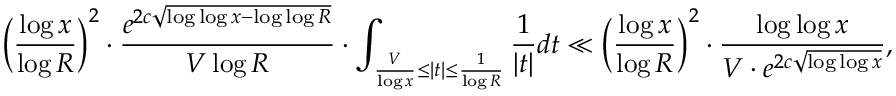
\Big ( \frac { \log x } { \log R } \Big ) ^ { 2 } \cdot \frac { e ^ { 2 c \sqrt { \log \log x - \log \log R } } } { V \log R } \cdot \int _ { \frac { V } { \log x } \le | t | \le \frac { 1 } { \log R } } \frac { 1 } { | t | } d t \ll \Big ( \frac { \log x } { \log R } \Big ) ^ { 2 } \cdot \frac { \log \log x } { V \cdot e ^ { 2 c \sqrt { \log \log x } } } ,